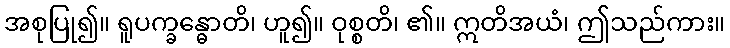
အစုပြု၍။ ရူပက္ခန္ဓောတိ၊ ဟူ၍။ ဝုစ္စတိ၊ ၏။ ဣတိအယံ၊ ဤသည်ကား။